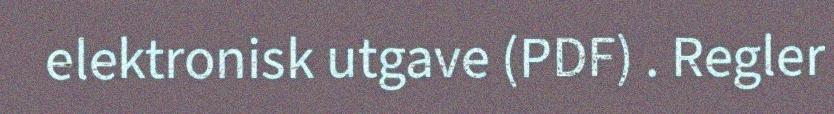
elektronisk utgave (PDF) . Regler